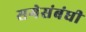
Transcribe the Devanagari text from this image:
सगेसंबंधी